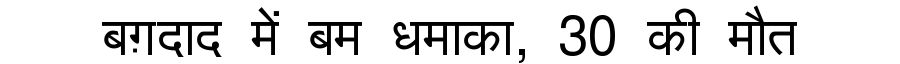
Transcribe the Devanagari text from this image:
बग़दाद में बम धमाका, 30 की मौत